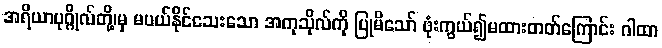
အရိယာပုဂ္ဂိုလ်တို့၊မှ မပယ်နိုင်သေးသော အကုသိုလ်ကို ပြုမိသော် ဖုံးကွယ်၍မထားတတ်ကြောင်း ဂါထာ